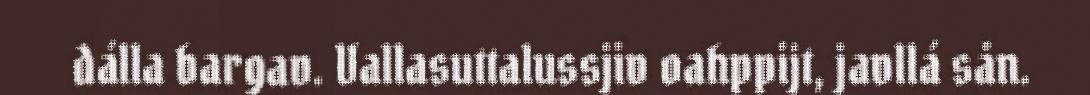
dálla bargav. Vallasuttalussjiv oahppijt, javllá sån.